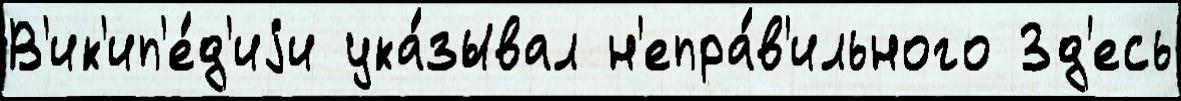
В'ик'ип'е́д'иjи ука́зывал н'епра́в'ильного Зд'есь